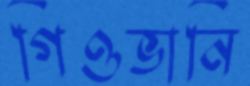
গিওভানি